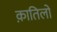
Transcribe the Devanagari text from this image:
क़ातिलों